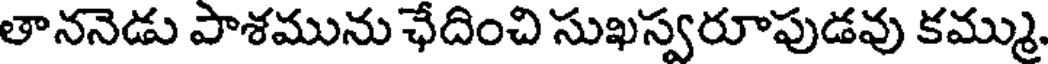
తాననెడు పాశమును ఛేదించి సుఖస్వరూపుడవు కమ్ము